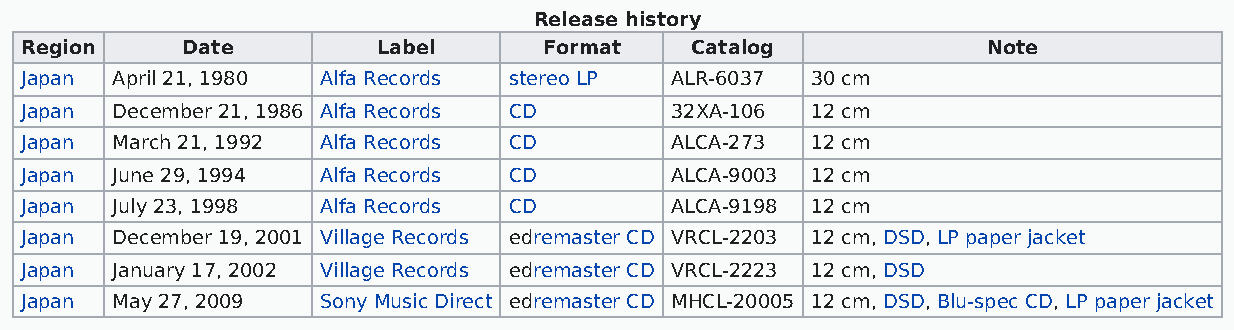
Release history
 Region     Date         Label      Format    Catalog            Note
 Japan April 21, 1980 Alfa Records stereo LP ALR-6037 30 cm
 Japan December 21, 1986 Alfa Records CD    32XA-106  12 cm
 Japan March 21, 1992 Alfa Records CD       ALCA-273  12 cm
 Japan June 29, 1994 Alfa Records CD        ALCA-9003 12 cm
 Japan July 23, 1998 Alfa Records CD        ALCA-9198 12 cm
 Japan December 19, 2001 Village Records edremaster CD VRCL-2203 12 cm, DSD, LP paper jacket
 Japan January 17, 2002 Village Records edremaster CD VRCL-2223 12 cm, DSD
 Japan May 27, 2009  Sony Music Direct edremaster CD MHCL-20005 12 cm, DSD, Blu-spec CD, LP paper jacket